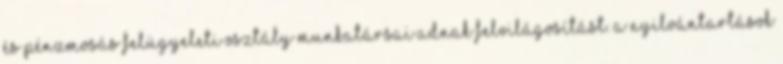
és Pénzmosás Felügyeleti Osztály munkatársai adnak felvilágosítást. A Nyilvántartások